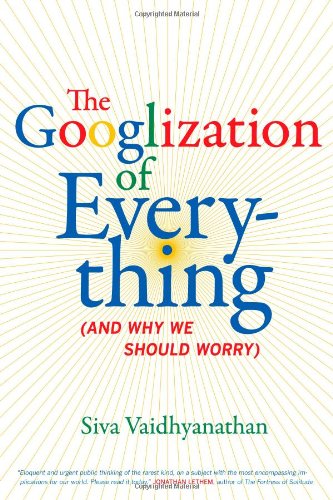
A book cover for The Googlization of Everything: (And Why We Should Worry); Siva Vaidhyanathan; Computers & Technology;